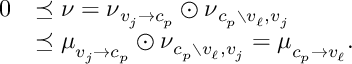
\begin{array} { r l } { \ensuremath { \boldsymbol { 0 } } } & { \preceq \boldsymbol { \nu } = \boldsymbol { \nu } _ { v _ { j } \to c _ { p } } \odot \boldsymbol { \nu } _ { c _ { p } \setminus v _ { \ell } , v _ { j } } } \\ & { \preceq \boldsymbol { \mu } _ { v _ { j } \to c _ { p } } \odot \boldsymbol { \nu } _ { c _ { p } \setminus v _ { \ell } , v _ { j } } = \boldsymbol { \mu } _ { c _ { p } \to v _ { \ell } } . } \end{array}